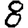
Digit: 8